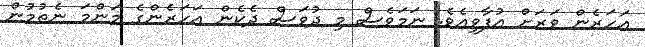
އަހަރެން ވަރަށް އުފާވިއެވެ. ނަމަވެސް މި ދުވަސް ދެކެން އަހަރެންގެ މަންމަ ނެތުމުން